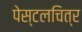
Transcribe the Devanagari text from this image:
पेस्टलचित्र